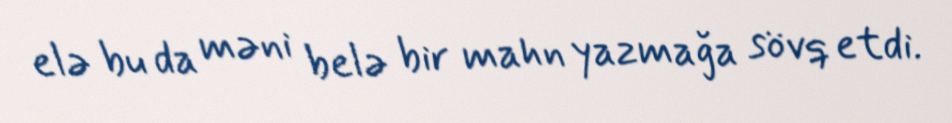
elə bu da məni belə bir mahn yazmağa sövq etdi.